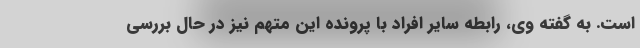
است. به گفته وی، رابطه سایر افراد با پرونده این متهم نیز در حال بررسی